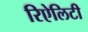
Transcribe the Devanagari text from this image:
रिऐलिटी